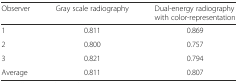
| Observer | Gray scale radiography | Dual-energy radiography with color-representation |
 | --- | --- | --- |
 | 1 | 0.811 | 0.869 |
 | 2 | 0.800 | 0.757 |
 | 3 | 0.821 | 0.794 |
 | Average | 0.811 | 0.807 |